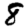
Digit: 8